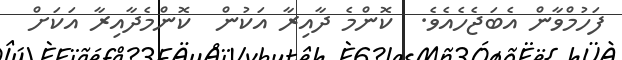
ފަހުމްވާން އެބަޖެހެއެވެ.  ކޮންމެ ދާއިރާ އަކުން  ކޮންމެދާއިރާ އަކަށް